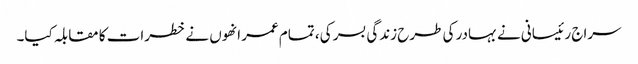
سراج رئیسانی نے بہادر کی طرح زندگی بسر کی، تمام عمر انھوں نے خطرات کا مقابلہ کیا۔